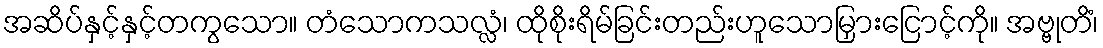
အဆိပ်နှင့်နှင့်တကွသော။ တံသောကသလ္လံ၊ ထိုစိုးရိမ်ခြင်းတည်းဟူသောမြှားငြောင့်ကို။ အဗ္ဗုတိံ၊